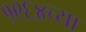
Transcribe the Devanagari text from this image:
१९६४च्या